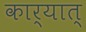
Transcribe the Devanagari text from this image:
कार्यात्